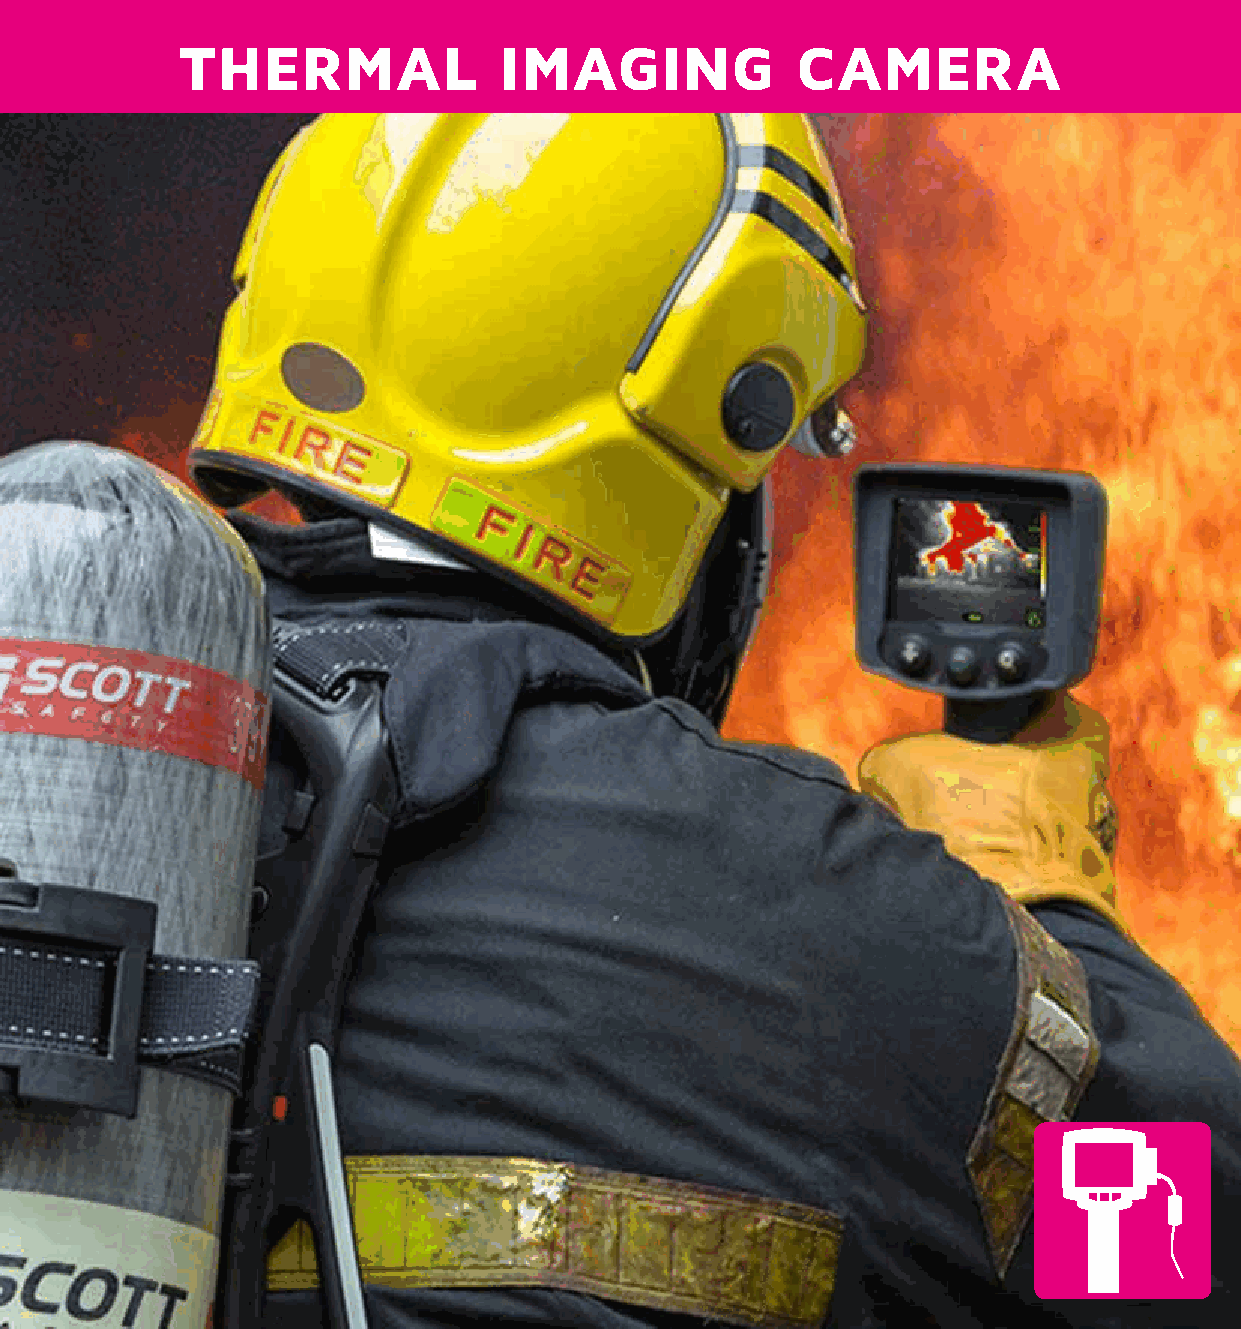
THERMAL              IMAGING             CAMERA